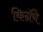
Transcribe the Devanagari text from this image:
किग्रॅचे